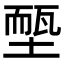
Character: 𡏵